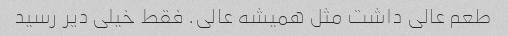
طعم عالی داشت مثل همیشه عالی. فقط خیلی دیر رسید